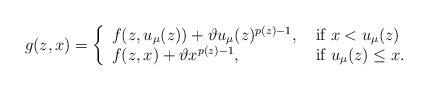
LaTeX: \begin{align*} g(z,x)=\left\{ \begin{array}{ll} f(z,u_\mu(z))+\vartheta u_\mu(z)^{p(z)-1}, & \hbox{ if }x<u_\mu(z) \\ f(z,x)+\vartheta x^{p(z)-1}, & \hbox{ if }u_\mu(z)\leq x. \end{array} \right.\end{align*}